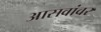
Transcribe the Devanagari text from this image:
आसवांवर